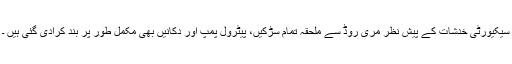
سیکیورٹی خدشات کے پیش نظر مری روڈ سے ملحقہ تمام سڑکیں، پیٹرول پمپ اور دکانیں بھی مکمل طور پر بند کرادی گئی ہیں ۔